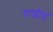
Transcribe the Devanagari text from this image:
दाशीह